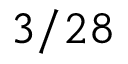
3 / 2 8